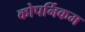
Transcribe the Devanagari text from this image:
कोपर्निकम